Civil Veterinary Dept. North-West Frontier Province 1923-32 - 1923-1932
Year: 1923
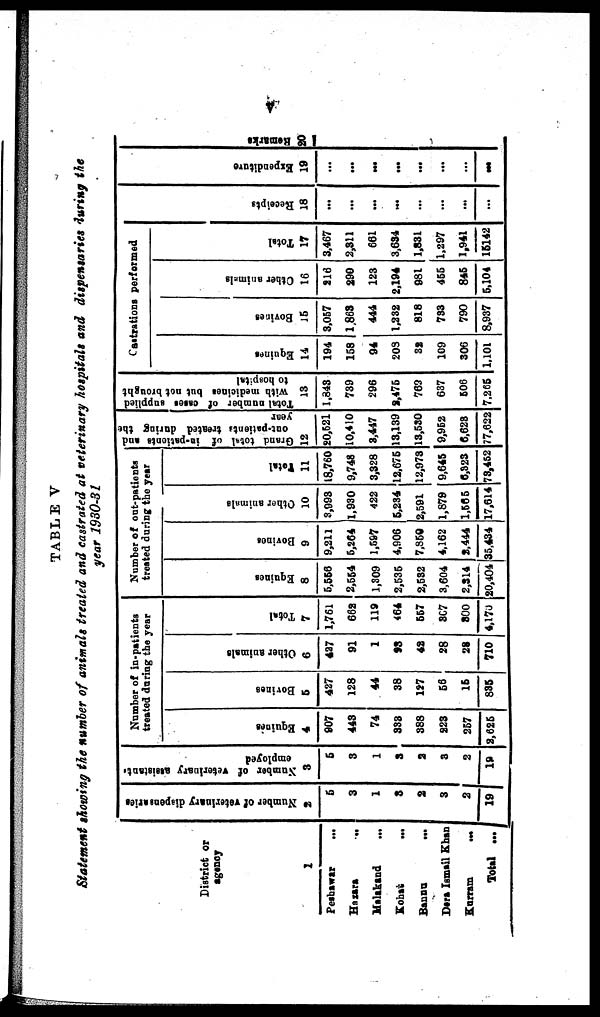
V
TABLE V
Statement showing the number of animals treated and castrated at veterinary hospitals and dispensaries during the
year 1930-31
District or
agency
1
Peshawar
...
Hazara ...
Malakand
...
Kohat ...
Bannu
...
Dera Ismail Khan
Kurram ...
Total ...
Number of veterinary dispensaries
2
5
3
1
3
2
3
2
19
Number of veterinary assistants
employed
3
5
3
1
3
2
3
2
19
Number of in-patients
treated during the year
Equines
4
907
443
74
333
388
223
257
2,625
Bovines
5
427
128
44
38
127
56
16
835
Other animals
6
427
91
1
93
42
28
28
710
Total
7
1,761
662
119
464
557
367
300
4,170
Number of out-patients
treated during the year
Equines
8
5,556
2,554
1,309
2,535
2,532
3,604
2,314
20,404
Bovines
9
9,211
5,264
1,597
4,906
7,850
4,162
2,444
35,434
Other animals
10
3,993
1,930
422
6,234
2,591
1,879
1,565
17,614
Total
11
18,760
9,748
3,328
12,675
12,973
9,645
6,323
73,452
Grand
total of in-patients and
out-patients
treated during the
year
12
20,621
10,410
3,447
13,139
13,530
9,952
6,623
77,622
Total number of cases supplied
with medicines but not brought
to hospital
13
1,843
739
296
2,475
769
637
506
7,266
Castrations performed
Equines
14
194
158
94
203
32
109
306
1,101
Bovines
15
3,057
1,863
444
1,232
818
733
790
8,937
Other animals
16
216
290
123
2,194
981
455
845
5,104
Total
17
3,467
2,311
661
3,634
1,831
1,297
1,941
16142
Recei pt s
18
...
...
...
...
...
...
...
...
Expenditure
19
...
...
...
...
...
...
...
...
Remarks
20